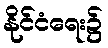
နိုင်ငံရေး၌